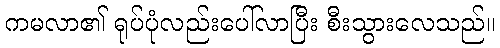
ကမလာ၏ ရုပ်ပုံလည်းပေါ်လာပြီး စီးသွားလေသည်။